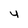
Character: 4